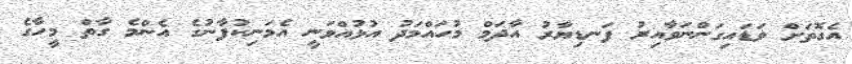
އެގޮތަށް ވަޑައިގަންނަވާއިރު ފަނޑިޔާރު އާދަމް މުހައްމަދު އުޅުއްވަނީ އެމަނިކުފާނުގެ އެންމެ ގާތް މީހާގެ